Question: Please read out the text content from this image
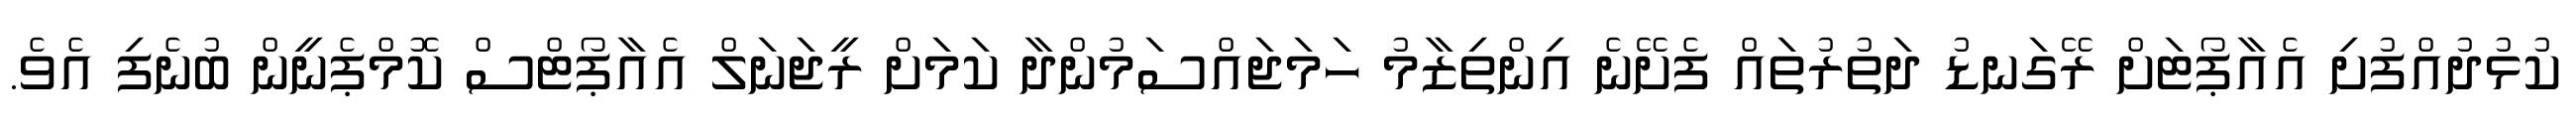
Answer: ކުޅުދުއްފުށި އެއާޕޯޓަށް ރޭގަނޑު ދަތުރުތައް ފެށޭނެ އިންތިޒާމު ހަމަޖައްސަމުންދާ ކަމަށް ރީޖަނަލް އެއާޕޯޓްސް ކޮމްޕެނީން ބުނެފި އެވެ.